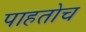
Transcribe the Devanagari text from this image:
पाहतोच